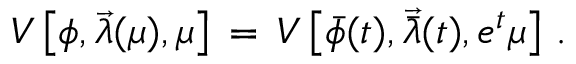
{ \cal V } \left[ \phi , { \vec { \lambda } } ( \mu ) , \mu \right] \, = \, { \cal V } \left[ { \bar { \phi } } ( t ) , { \vec { \bar { \lambda } } } ( t ) , e ^ { t } \mu \right] \, .